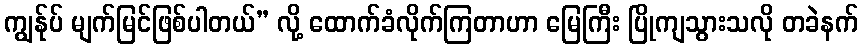
ကျွန်ုပ် မျက်မြင်ဖြစ်ပါတယ်” လို့ ထောက်ခံလိုက်ကြတာဟာ မြေကြီး ပြိုကျသွားသလို တခဲနက်